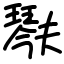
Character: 𤩍